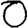
Digit: 0